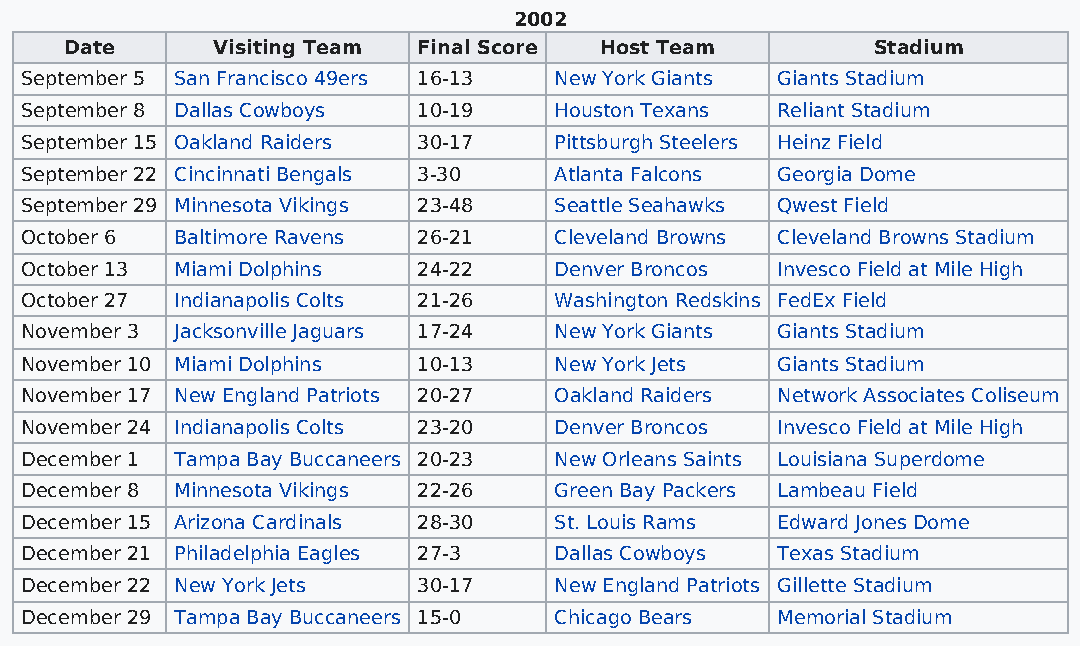
2002
 Date      Visiting Team Final Score Host Team         Stadium
 September 5 San Francisco 49ers 16-13 New York Giants Giants Stadium
 September 8 Dallas Cowboys 10-19    Houston Texans Reliant Stadium
 September 15 Oakland Raiders 30-17  Pittsburgh Steelers Heinz Field
 September 22 Cincinnati Bengals 3-30 Atlanta Falcons Georgia Dome
 September 29 Minnesota Vikings 23-48 Seattle Seahawks Qwest Field
 October 6  Baltimore Ravens 26-21   Cleveland Browns Cleveland Browns Stadium
 October 13 Miami Dolphins  24-22    Denver Broncos Invesco Field at Mile High
 October 27 Indianapolis Colts 21-26 Washington Redskins FedEx Field
 November 3 Jacksonville Jaguars 17-24 New York Giants Giants Stadium
 November 10 Miami Dolphins 10-13    New York Jets Giants Stadium
 November 17 New England Patriots 20-27 Oakland Raiders Network Associates Coliseum
 November 24 Indianapolis Colts 23-20 Denver Broncos Invesco Field at Mile High
 December 1 Tampa Bay Buccaneers 20-23 New Orleans Saints Louisiana Superdome
 December 8 Minnesota Vikings 22-26  Green Bay Packers Lambeau Field
 December 15 Arizona Cardinals 28-30 St. Louis Rams Edward Jones Dome
 December 21 Philadelphia Eagles 27-3 Dallas Cowboys Texas Stadium
 December 22 New York Jets  30-17    New England Patriots Gillette Stadium
 December 29 Tampa Bay Buccaneers 15-0 Chicago Bears Memorial Stadium